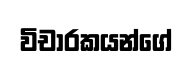
විචාරකයන්ගේ